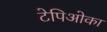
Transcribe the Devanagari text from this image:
टेपिओका